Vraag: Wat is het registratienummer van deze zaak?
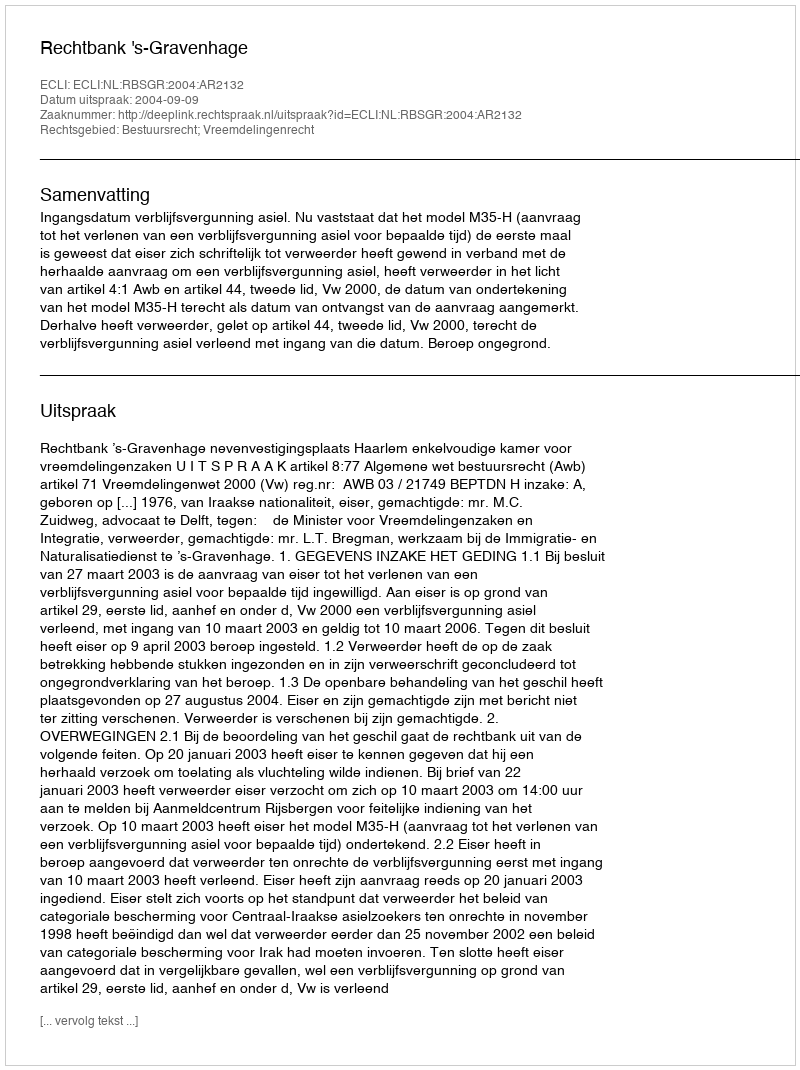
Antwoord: http://deeplink.rechtspraak.nl/uitspraak?id=ECLI:NL:RBSGR:2004:AR2132